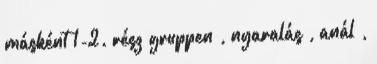
másként 1-2. rész gruppen , nyaralás , anál ,